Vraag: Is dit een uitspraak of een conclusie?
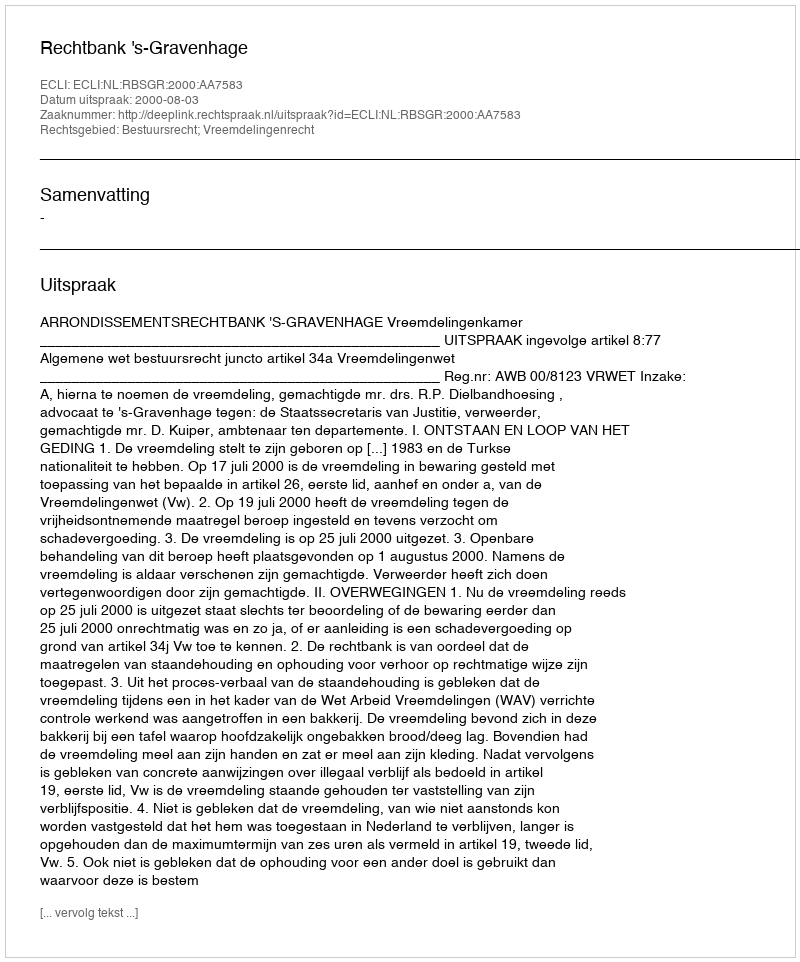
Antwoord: Uitspraak